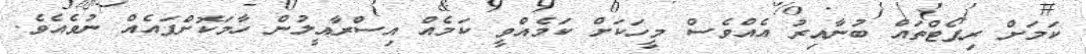
ކަމަށް ރިޕޯޓްތައް ބުނާއިރު އެއްވެސް މީހަކަށް ކަމެއްވީ ކަމެއް އިސްރާއީލުން ހާމަކޮށްފައެއް ނުވެއެވެ.